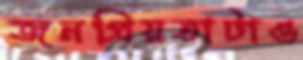
জনপ্রিয়তাটাও